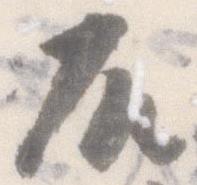
殿